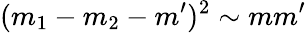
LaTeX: (m_{1}-m_{2}-m^{\prime})^{2}\sim mm^{\prime}